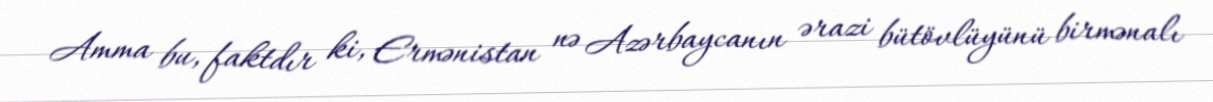
Amma bu, faktdır ki, Ermənistan nə Azərbaycanın ərazi bütövlüyünü birmənalı